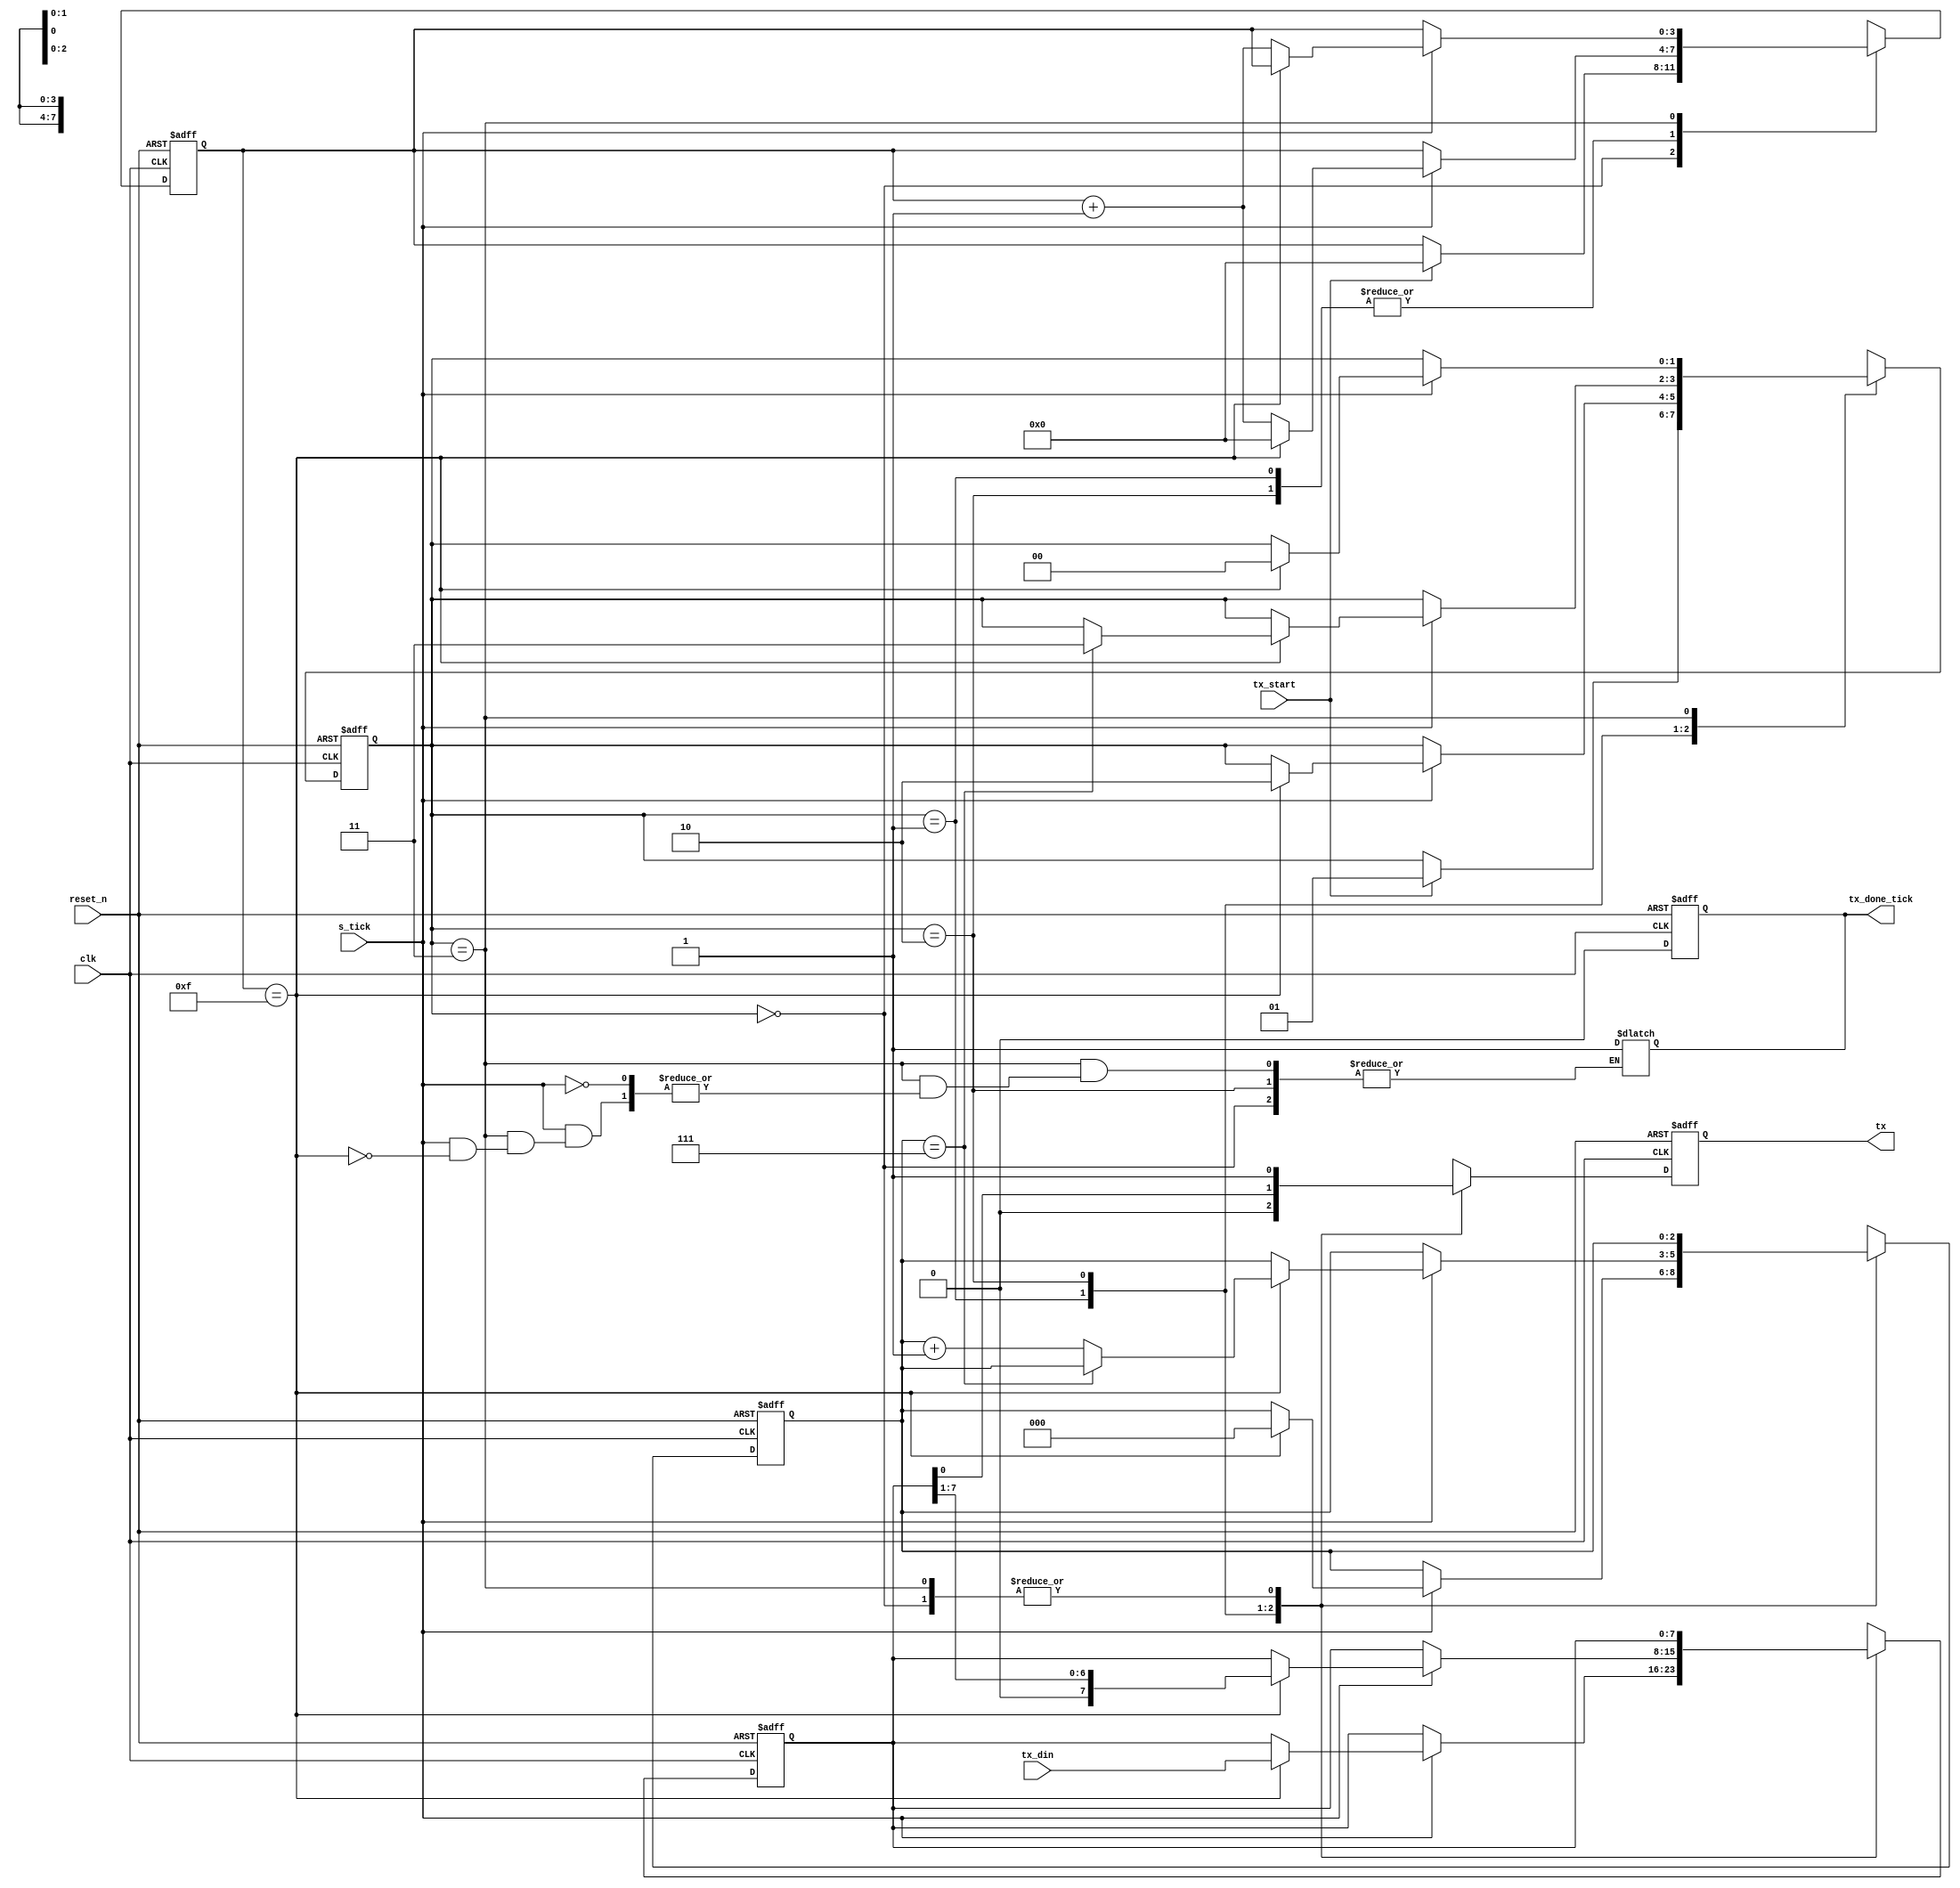
module uart_tx 
    #(parameter DBIT = 8,       // n data bits
                SB_TICK = 16    //n stop bit ticks "1 stop bit"
                )
    (
        input clk, reset_n,
        input tx_start, s_tick,
        input [DBIT - 1 : 0] tx_din,    
        output tx,
        output reg tx_done_tick
    );

    localparam  idle = 0,
                start = 1,
                data = 2,
                stop = 3;

    reg [1:0] state_reg,state_next;
    reg [3:0] s_reg, s_next;                    
    reg [$clog2(DBIT) - 1 : 0] n_reg, n_next; 
    reg [DBIT -1 : 0] b_reg , b_next;           
    reg tx_reg, tx_next;

    //state always block
    always @(posedge clk , negedge reset_n) begin
        tx_done_tick = 1'b0;
        if(~reset_n) begin
            state_reg <= idle;
            s_reg <= 0;
            n_reg <= 0;
            b_reg <= 0;
            tx_reg <=1'b1;
        end
        else begin
            state_reg <= state_next;
            s_reg <= s_next;
            n_reg <= n_next;
            b_reg <= b_next;
            tx_reg <= tx_next;
        end
    end
    
    always @(*) begin
        state_next = state_reg;
        s_next = s_reg;
        n_next = n_reg;
        b_next = b_reg;

        case (state_reg)
            idle:
            begin
                tx_next = 1'b1;
                if (tx_start) begin
                    s_next = 0;
                    state_next = start;
                end
            end
                
            start:
            begin
                tx_next = 1'b0;
                    tx_done_tick = 1'b1;

                if (s_tick) begin
                    if (s_reg == 15) begin
                        s_next = 0;
                        n_next = 0;
                        b_next = tx_din;
                        state_next = data;
                    end
                    else
                        s_next = s_reg + 1 ;
                end
            end
                
            data:
            begin
                tx_next = b_reg[0];
                if (s_tick) begin
                    if (s_reg == 15) begin
                        s_next = 0;
                        b_next = {1'b0, b_reg[DBIT -1 : 1]};  //right shift
                        if(n_reg == (DBIT - 1))
                            state_next = stop;
                        else
                            n_next = n_reg +1;
                    end
                    else
                        s_next = s_reg + 1 ;
                end
            end
                
            stop:
            begin
                tx_next = 1'b1;
                if (s_tick) begin
                    if(s_reg == (SB_TICK -1)) begin
                        tx_done_tick = 1'b1;
                        state_next = idle;
                    end
                    else
                        s_next = s_reg +1;
                end
            end
                
            default:
                state_next = idle; 
        endcase
    end

    assign tx = tx_reg;

endmodule